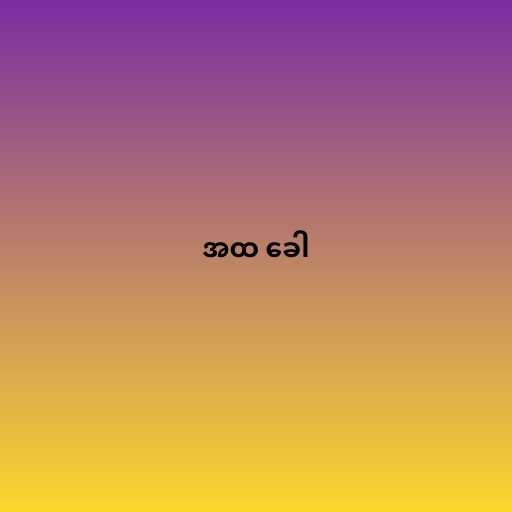
အထ ခေါ